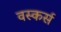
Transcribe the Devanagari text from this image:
वस्कर्स